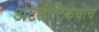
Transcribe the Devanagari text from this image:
अटलांटिकचाच